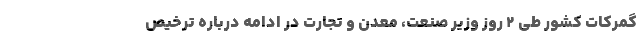
گمرکات کشور طی ۲ روز وزیر صنعت، معدن و تجارت در ادامه درباره ترخیص